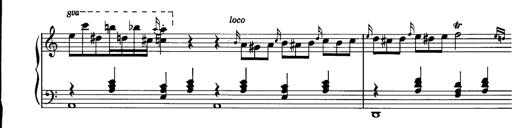
Title: La romanesca
Composer: Franz Liszt